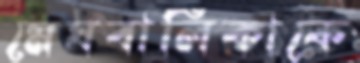
মেঘবালিকাকে